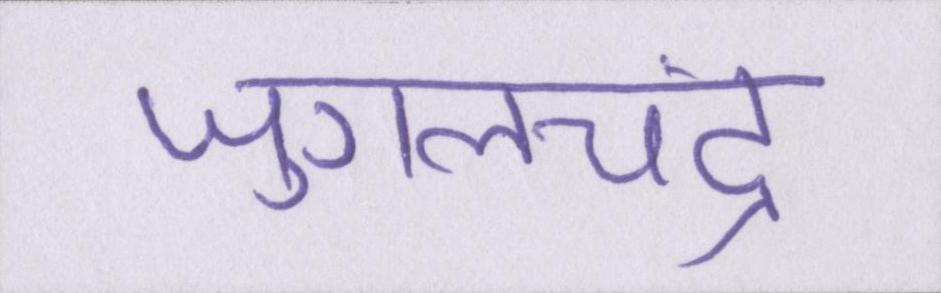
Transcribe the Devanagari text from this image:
जुगलचंद्र